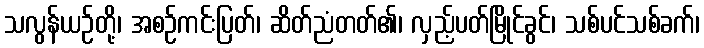
သလွန်ယဉ်တို့၊ အစဉ်ကင်းပြတ်၊ ဆိတ်ညံတတ်၏၊ လှည့်ပတ်မြိုင်ခွင်၊ သစ်ပင်သစ်ခက်၊